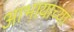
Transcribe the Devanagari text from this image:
आभायाच्या